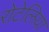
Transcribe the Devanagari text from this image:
रोटेलिया